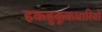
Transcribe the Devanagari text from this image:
हकहुकूकधारियों